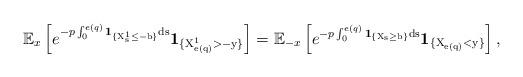
LaTeX: \begin{align*}\mathbb E_x\left[e^{-p\int_{0}^{e(q)}\rm{\bf{1}}_{\{X^1_s \leq -b\}}ds}\rm{\bf{1}}_{\{X^1_{e(q)}>-y\}}\right]=\mathbb E_{-x}\left[e^{-p\int_{0}^{e(q)}\rm{\bf{1}}_{\{X_s \geq b\}}ds}\rm{\bf{1}}_{\{X_{e(q)}< y\}}\right],\end{align*}